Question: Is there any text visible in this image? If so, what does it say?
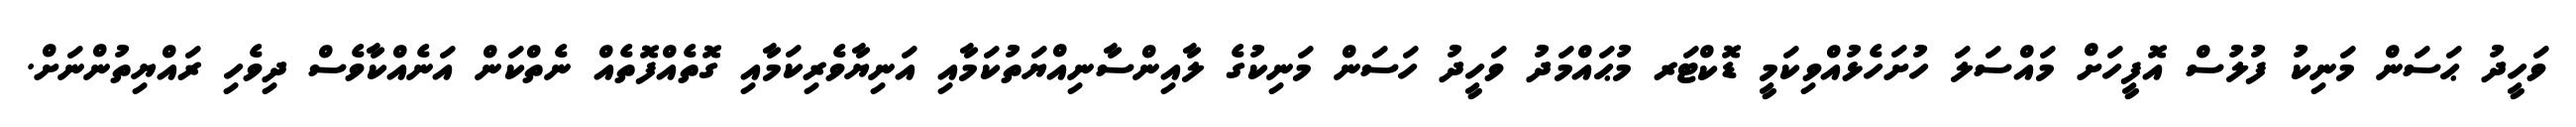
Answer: ވަހީދު ޙަސަން މަނިކު ފުލުސް އޮފީހަށް މައްސަލަ ހުށަހެޅުއްވިކަމީ ޑޮކްޓަރ މުޙައްމަދު ވަހީދު ހަސަން މަނިކުގެ ލާއިންސާނިއްޔަތުކަމާއި އަނިޔާވެރިކަމާއި ގޮތެއްފޮތެއް ނެތްކަން އަނެއްކާވެސް ދިވެހި ރައްޔިތުންނަށް.